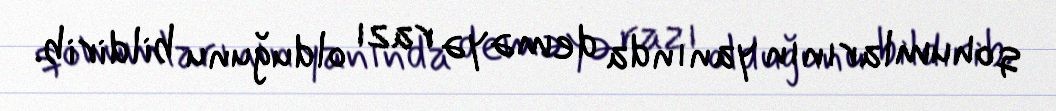
qohumlarının yanında deməyə razı olduğunu bildirib.